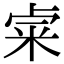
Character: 𥹄